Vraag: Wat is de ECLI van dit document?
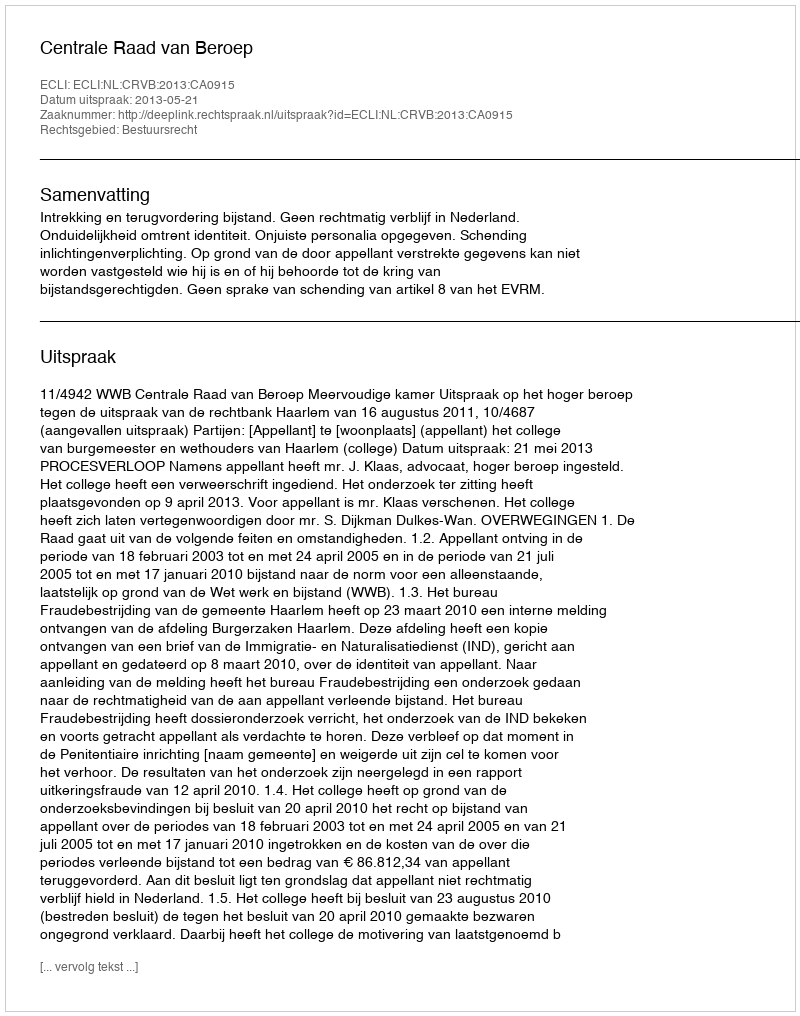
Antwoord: ECLI:NL:CRVB:2013:CA0915